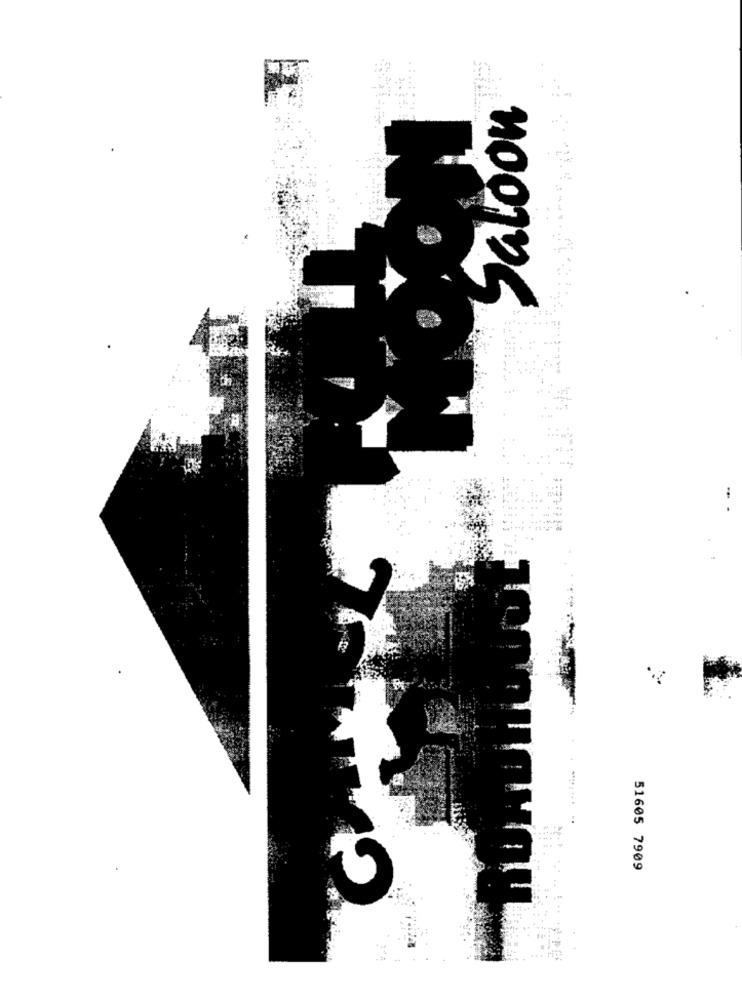
Saloon
.100
51605 7909